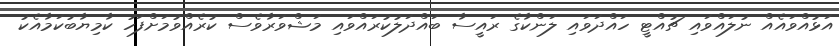
އަޅުއްވައެއް ނުލައްވައި ޗުއްޓީ ހައްދަވައި ލަންކާގެ ރައީސާ ބައްދަލުކުރައްވައި މަޝްވަރާވެސް ކުރެއްވުމަށްފަހު ކާމިޔާބުކަމާއެކު